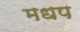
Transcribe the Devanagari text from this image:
मधप